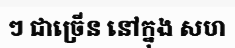
ៗ ជាច្រើន នៅក្នុង សហ